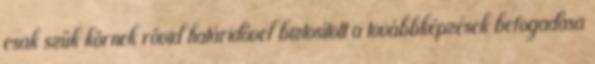
csak szűk körnek rövid határidővel biztosított a továbbképzések befogadása